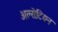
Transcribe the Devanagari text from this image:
अल्सेटियन